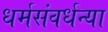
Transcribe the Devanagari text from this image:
धर्मसंवर्धन्या